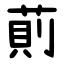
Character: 萴